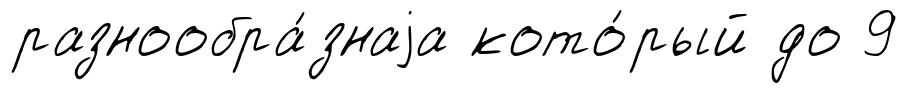
разнообра́знаjа кото́рый до 9